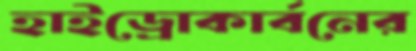
হাইড্রোকার্বনের